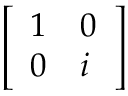
\left[ \begin{array} { l l } { 1 } & { 0 } \\ { 0 } & { i } \end{array} \right]